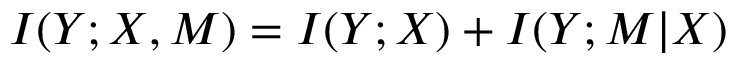
I ( Y ; X , M ) = I ( Y ; X ) + I ( Y ; M \vert X )